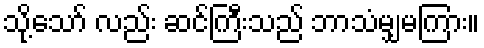
သို့သော် လည်း ဆင်ကြီးသည် ဘာသံမျှမကြား။